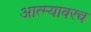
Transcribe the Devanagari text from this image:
आत्म्यावरच